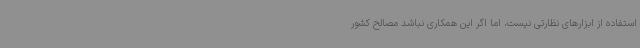
استفاده از ابزارهای نظارتی نیست، اما اگر این همکاری نباشد مصالح کشور